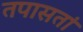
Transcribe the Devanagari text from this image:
तपासतां